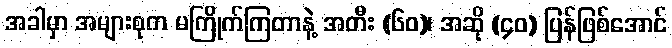
အခါမှာ အများစုက မကြိုက်ကြတာနဲ့ အတီး (၆၀)၊ အဆို (၄၀) ပြန်ဖြစ်အောင်